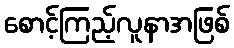
စောင့်ကြည့်လူနာအဖြစ်